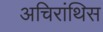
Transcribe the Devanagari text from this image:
अचिरांथिस